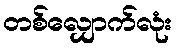
တစ်လျှောက်လုံး